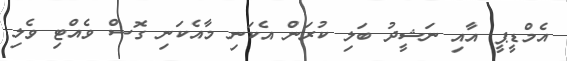
އެމްޑީޕީ އާއި ނަޝީދު ބަލި ކުރަން އެކަނި މާއެކަނި ގޮސް ވެއްޓި ވެލި